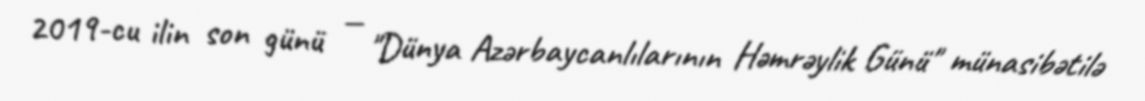
2019-cu ilin son günü — "Dünya Azərbaycanlılarının Həmrəylik Günü" münasibətilə